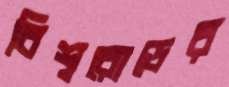
বিশ্বরোডের